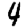
Digit: 4